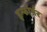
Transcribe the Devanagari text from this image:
इन्फॉर्मर